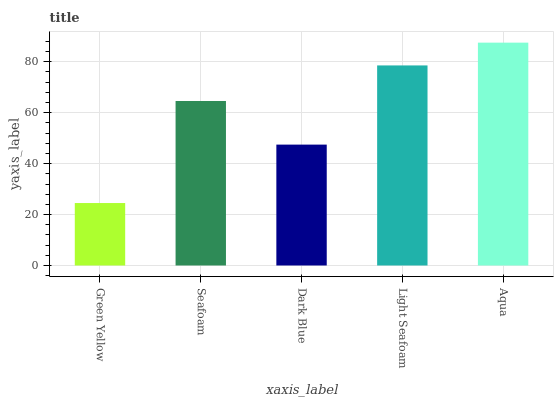
| xaxis_label | bars |
 | --- | --- |
 | Green Yellow | 24.5 |
 | Seafoam | 64.6 |
 | Dark Blue | 47.5 |
 | Light Seafoam | 78.6 |
 | Aqua | 87.5 |